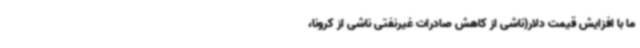
ما با افزایش قیمت دلار(ناشی از کاهش صادرات غیرنفتی ناشی از کرونا،